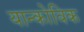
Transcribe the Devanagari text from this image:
यान्कोविक